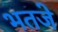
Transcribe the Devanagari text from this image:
भतजे